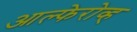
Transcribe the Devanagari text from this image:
आल्फेरोव्ह